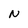
Character: n